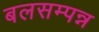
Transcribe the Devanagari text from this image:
बलसम्पन्न